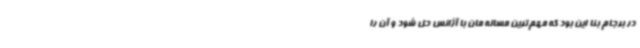
در برجام بنا این بود که مهم‌ترین مساله مان با آژانس حل شود و آن را